Calcutta medical institutions reports 1871-78
Year: 1871
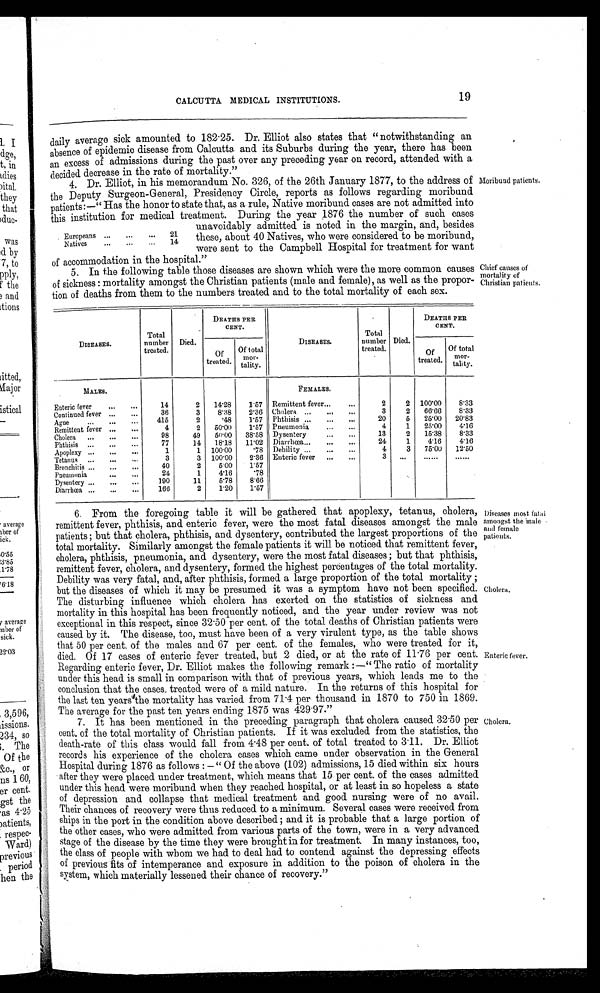
CALCUTTA MEDICAL INSTITUTIONS.
19
daily average sick amounted to 182.25. Dr. Elliot also states that "notwithstanding an
absence of epidemic disease from Calcutta, and its Suburbs during the year, there has been
an excess of admissions during the past over any preceding year on record, attended with a
decided decrease in the rate of mortality."
4. Dr. Elliot, in his memorandum No. 326, of the 26th January 1877, to the address of
the Deputy Surgeon-General, Presidency Circle, reports as follows regarding moribund
patients:—"Has the honor to state that, as a rule, Native moribund cases are not admitted into
this institution for medical treatment. During the year 1876 the number of such cases
unavoidably admitted is noted in the margin, and, besides
these, about 40 Natives, who were considered to be moribund,
were sent to the Campbell Hospital for treatment for want
of accommodation in the hospital."
5. In the following table those diseases are shown which were the more common causes
of sickness: mortality amongst the Christian patients (male and female), as well as the propor-
- t i o n o f d e a t h s f r o m t h e m t o t h e n u m b e r s t r e a t e d a n d t o t h e t o t a l m o r t a l i t y o f e a c h s e x .
. Europeans ...
...
... 21
N a t i v e s
. . .
. . .
. . . 14
Moribund patients.
Chief causes of
mortality of
Christian patients.
DISEASES.
Total
number
treated
Died.
DEATHS PER
CENT.
DISEASES.
Total
number
treated.
Died.
DEATHS PER
CENT.
Of
treated.
Of total
mor-
tality.
Of
treated.
Of total
mor-
tality.
MALES.
FEMALES.
Enteric fever
. . .
. . .
14
2 14.28
1.57 Remittent fever...
...
2
2 100.00
8.33
Continued fever . . .
. . .
36
3
8.88
2.36 Cholera ...
. . .
. . .
3
2 66.66
8.33
Ague ...
...
...
415
2
.48
1.57 Phthisis ...
...
...
20
5 25.00 20.83
Remittent fever . . .
. . .
4
2 50.00
1.57 Pneumonia
...
...
4
1 25.00
4.16
Cholera ...
. . .
. . .
98
49 50.00 38.58 Dysentery
. . .
. . .
13
2 15.38
8.33
Phthisis ...
...
...
77
14 18.18 11.02 Diarrhœa...
...
...
24
1
4.16
4.16
Apoplexy ...
...
. . .
1
1 100.00
.78 Debility ...
. . .
. . .
4
3 75.00 12.50
Tetanus ...
. . .
. . .
3
3 100.00
2.36 Enteric fever ... ...
. . .
3
. . .
. . .
. . .
Bronchitis ...
...
. . .
4 0
2
5.00
1.57
Pneumonia
. . .
. . .
24
1
4.16
.78
Dysentery ...
. . .
. . .
190
11
5.78
8.66
Diarrhœa ...
...
...
166
2
1.20
1.57
6. From the foregoing table it will be gathered that apoplexy, tetanus, cholera,
remittent fever, phthisis, and enteric fever, were the most fatal diseases amongst the male
patients; but that cholera, phthisis, and dysentery, contributed the largest proportions of the
total mortality. Similarly amongst the female patients it will be noticed that remittent fever,
cholera, phthisis, pneumonia, and dysentery, were the most fatal diseases; but that phthisis,
remittent fever, cholera, and dysentery, formed the highest percentages of the total mortality.
Debility was very fatal, and, after phthisis, formed a large proportion of the total mortality;
but the diseases of which it may be presumed it was a symptom have not been specified.
The disturbing influence which cholera has exerted on the statistics of sickness and
mortality in this hospital has been frequently noticed, and the year under review was not
exceptional in this respect, since 32.50 per cent. of the total deaths of Christian patients were
caused by it. The disease, too, must have been of a very virulent typo, as the table shows
that 50 per cent. of the males and 67 per cent. of the females, who were treated for it,
died. Of 17 cases of enteric fever treated, but 2 died, or at the rate of 11.76 per cent.
Regarding enteric fever, Dr. Elliot makes the following remark:—"The ratio of mortality
under this head is small in comparison with that of previous years, which leads me to the
conclusion that the cases. treated were of a mild nature. In the returns of this hospital for
the last ten years the mortality has varied from 71.4 per thousand in 1870 to 750 in 1869.
The average for the past ten years ending 1875 was 429.97."
7.
It has been mentioned in the preceding paragraph that cholera caused 32.50 per
cent, of the total mortality of Christian patients. If it was excluded from the statistics, the
death-rate of this class would fall from 4.48 per cent. of total treated to 3.11. Dr. Elliot
records his experience of the cholera cases which came under observation in the General
Hospital during 1876 as follows:—"Of the above (102) admissions, 15 died within six hours
after they were placed under treatment, which means that 15 per cent. of the cases admitted
under this head were moribund when they reached hospital, or at least in so hopeless a state
of depression and collapse that medical treatment and good nursing were of no avail.
Their chances of recovery were thus reduced to a minimum. Several cases were received from
ships in the port in the condition above described; and it is probable that a large portion of
the other cases, who were admitted from various parts of the town, were in a very advanced.
stage of the disease by the time they were brought in for treatment. In many instances, too,
the class of people with whom we had to deal had to contend against the depressing effects
of previous fits of intemperance and exposure in addition to the poison of cholera in the
system, which materially lessened their chance of recovery."
Diseases most fatal
amongst the male
and femal
e patients.
Cholera.
Enteric fever.
Cholera.